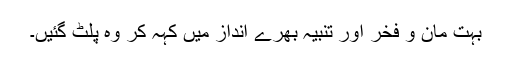
بہت مان و فخر اور تنبیہ بھرے انداز میں کہہ کر وہ پلٹ گئیں۔